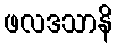
ဖလဒသာနိ